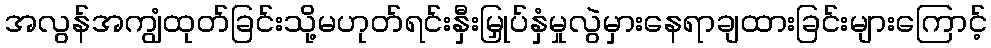
အလွန်အကျွံထုတ်ခြင်းသို့မဟုတ်ရင်းနှီးမြှုပ်နှံမှုလွဲမှားနေရာချထားခြင်းများကြောင့်